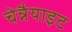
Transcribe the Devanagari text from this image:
चेन्नैयाइट